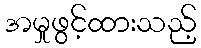
အမှုဖွင့်ထားသည့်